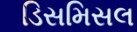
ડિસમિસલ